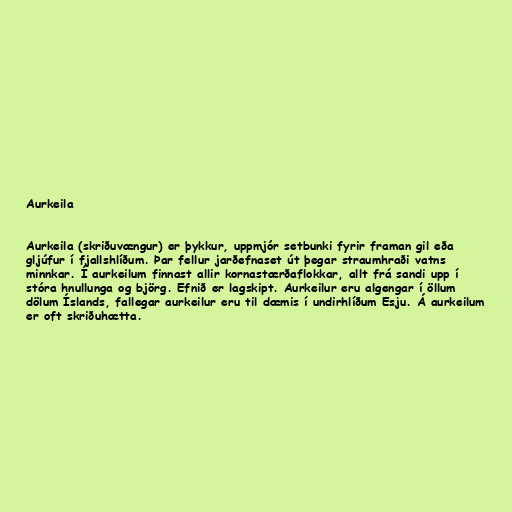
Aurkeila

Aurkeila (skriðuvængur) er þykkur, uppmjór setbunki fyrir framan gil eða
gljúfur í fjallshlíðum. Þar fellur jarðefnaset út þegar straumhraði vatns
minnkar. Í aurkeilum finnast allir kornastærðaflokkar, allt frá sandi upp í
stóra hnullunga og björg. Efnið er lagskipt. Aurkeilur eru algengar í öllum
dölum Íslands, fallegar aurkeilur eru til dæmis í undirhlíðum Esju. Á aurkeilum
er oft skriðuhætta.